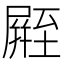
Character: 𪨛